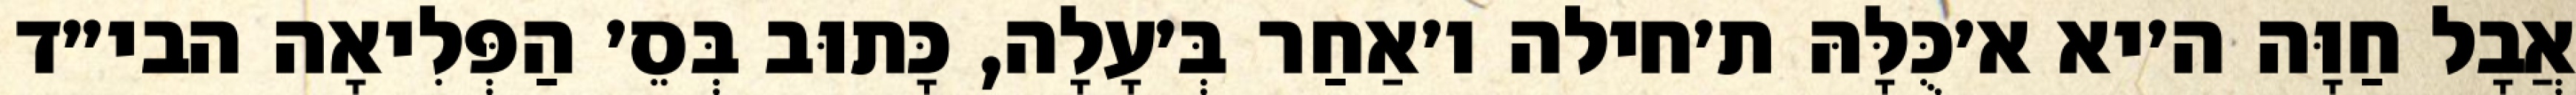
אֲבָל חַוָּה ה׳יא א׳כֻּלָּהּ ת׳חילה ו׳אַחַר בְּ׳עָלָה, כָּתוּב בְּסֵ׳ הַפְּלִיאָה הבי״ד